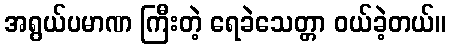
အရွယ်ပမာဏ ကြီးတဲ့ ရေခဲသေတ္တာ ဝယ်ခဲ့တယ်။